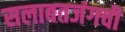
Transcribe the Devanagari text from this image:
सलाबतजंगची